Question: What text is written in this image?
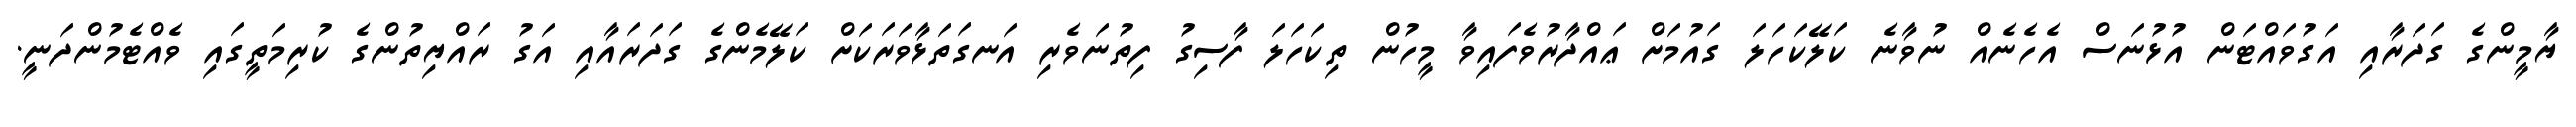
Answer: ޔާމީންގެ ގަދަރާއި އަގުވައްޓަން އުޅުނަސް އެހެނެއް ނުވާނެ ކަލޭކަހަލަ ގައުމަށް ޢައްދާރުވެފައިވާ މީހުން ތިކަހަލަ ފާސިގު ފިތުނަވެރި އަނގަތަޅާވަރަކަށް ކަލޭމެންގެ ގަދަރައާއި އަގު ރައްޔިތުންގެ ކުރިމަތީގައި ވެއްޓެމުންދަނީ.